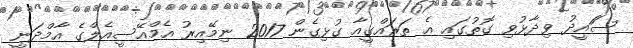
ސަައީދު ވިދާޅުވި ގޮތުގައި އެ ތަރައްގީއާ ގުޅިގެން 2017 ނިމޭއިރު އެމްއޭސީއެލްގެ އާމްދަނީ